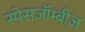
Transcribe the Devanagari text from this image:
स्पेसजॉम्बीज़